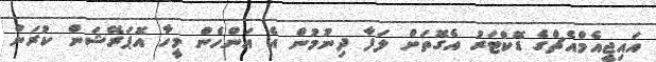
އައިޖީއެމްއެޗްގެ ޑޮކްޓަރު އެގޮތަށް ލަފާ ދިނުމުން އެ އަންހެން މީހާ އޮޕަރޭޝަން ކުރަން